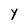
Character: y